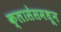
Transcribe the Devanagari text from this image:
क्लासेसमधून